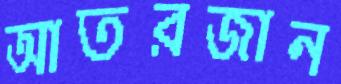
আতরজান